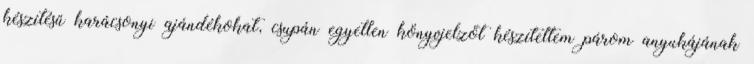
készítésű karácsonyi ajándékokat, csupán egyetlen könyvjelzőt készítettem párom anyukájának